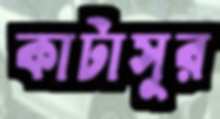
কাটাসুর